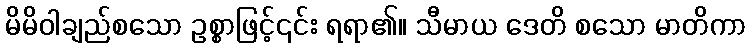
မိမိဝါချည်စသော ဥစ္စာဖြင့်၎င်း ရရာ၏။ သီမာယ ဒေတိ စသော မာတိကာ